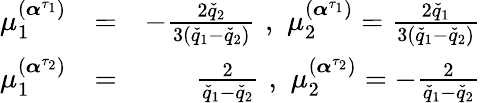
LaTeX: \begin{array}{rlr}{\mu_{1}^{(\boldsymbol{\alpha}^{\tau_{1}})}}&{=}&{-\frac{2\check{q}_{2}}{3(\check{q}_{1}-\check{q}_{2})}\, \, ,\, \, \mu_{2}^{(\boldsymbol{\alpha}^{\tau_{1}})}=\frac{2\check{q}_{1}}{3(\check{q}_{1}-\check{q}_{2})}}\\ {\mu_{1}^{(\boldsymbol{\alpha}^{\tau_{2}})}}&{=}&{\frac{2}{\check{q}_{1}-\check{q}_{2}}\, \, ,\, \, \mu_{2}^{(\boldsymbol{\alpha}^{\tau_{2}})}=-\frac{2}{\check{q}_{1}-\check{q}_{2}}}\end{array}